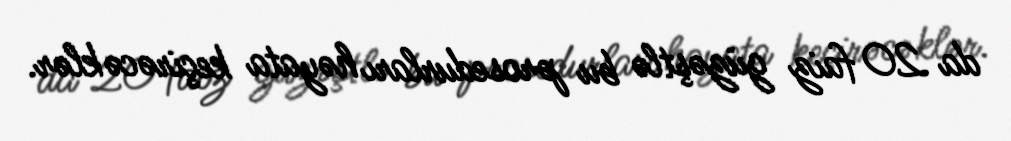
da 20 faiz güzəştlə bu prosedurları həyata keçirəcəklər.